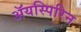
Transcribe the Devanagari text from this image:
ॲयस्पिरिन